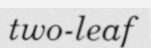
two-leaf